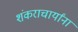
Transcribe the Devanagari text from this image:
शंकराचार्यांना